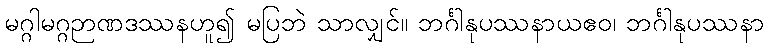
မဂ္ဂါမဂ္ဂဉာဏဒဿနဟူ၍ မပြဘဲ သာလျှင်။ ဘင်္ဂါနုပဿနာယဧဝ၊ ဘင်္ဂါနုပဿနာ